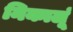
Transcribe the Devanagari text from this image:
निकालूं